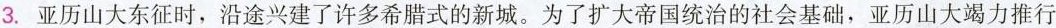
3.亚历山大东征时，沿途兴建了许多希腊式的新城。为了扩大帝国统治的社会基础，亚历山大竭力推行